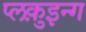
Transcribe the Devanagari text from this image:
प्लक़ुइन्ग